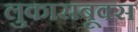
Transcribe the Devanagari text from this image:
लुकासबूक्स